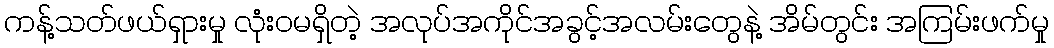
ကန့်သတ်ဖယ်ရှားမှု လုံးဝမရှိတဲ့ အလုပ်အကိုင်အခွင့်အလမ်းတွေနဲ့ အိမ်တွင်း အကြမ်းဖက်မှု